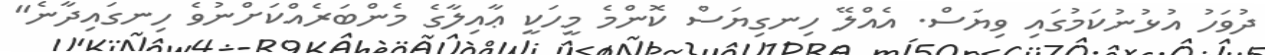
ދުވަހު އުޅުނުކަމުގައި ވިޔަސް. އެއްލޭ ހިނގިޔަސް ކޮންމެ މީހަކީ ޢާއިލާގެ މެންބަރެއްކަށްނުވެ ހިނގައިދާނެ"